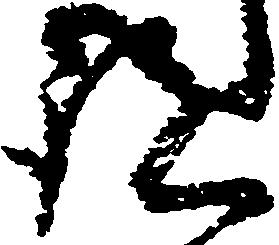
跡